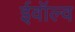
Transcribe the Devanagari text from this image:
ईवॉल्व